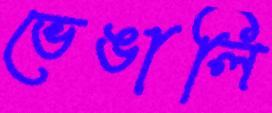
ভেঙালি